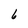
Character: 6